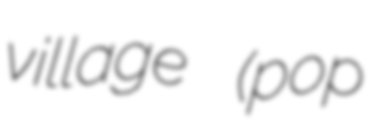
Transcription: village (pop